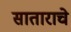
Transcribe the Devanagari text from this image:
साताराचे